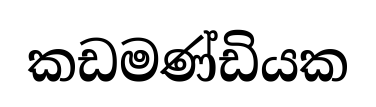
කඩමණ්ඩියක